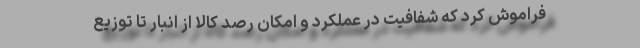
فراموش کرد که شفافیت در عملکرد و امکان رصد کالا از انبار تا توزیع